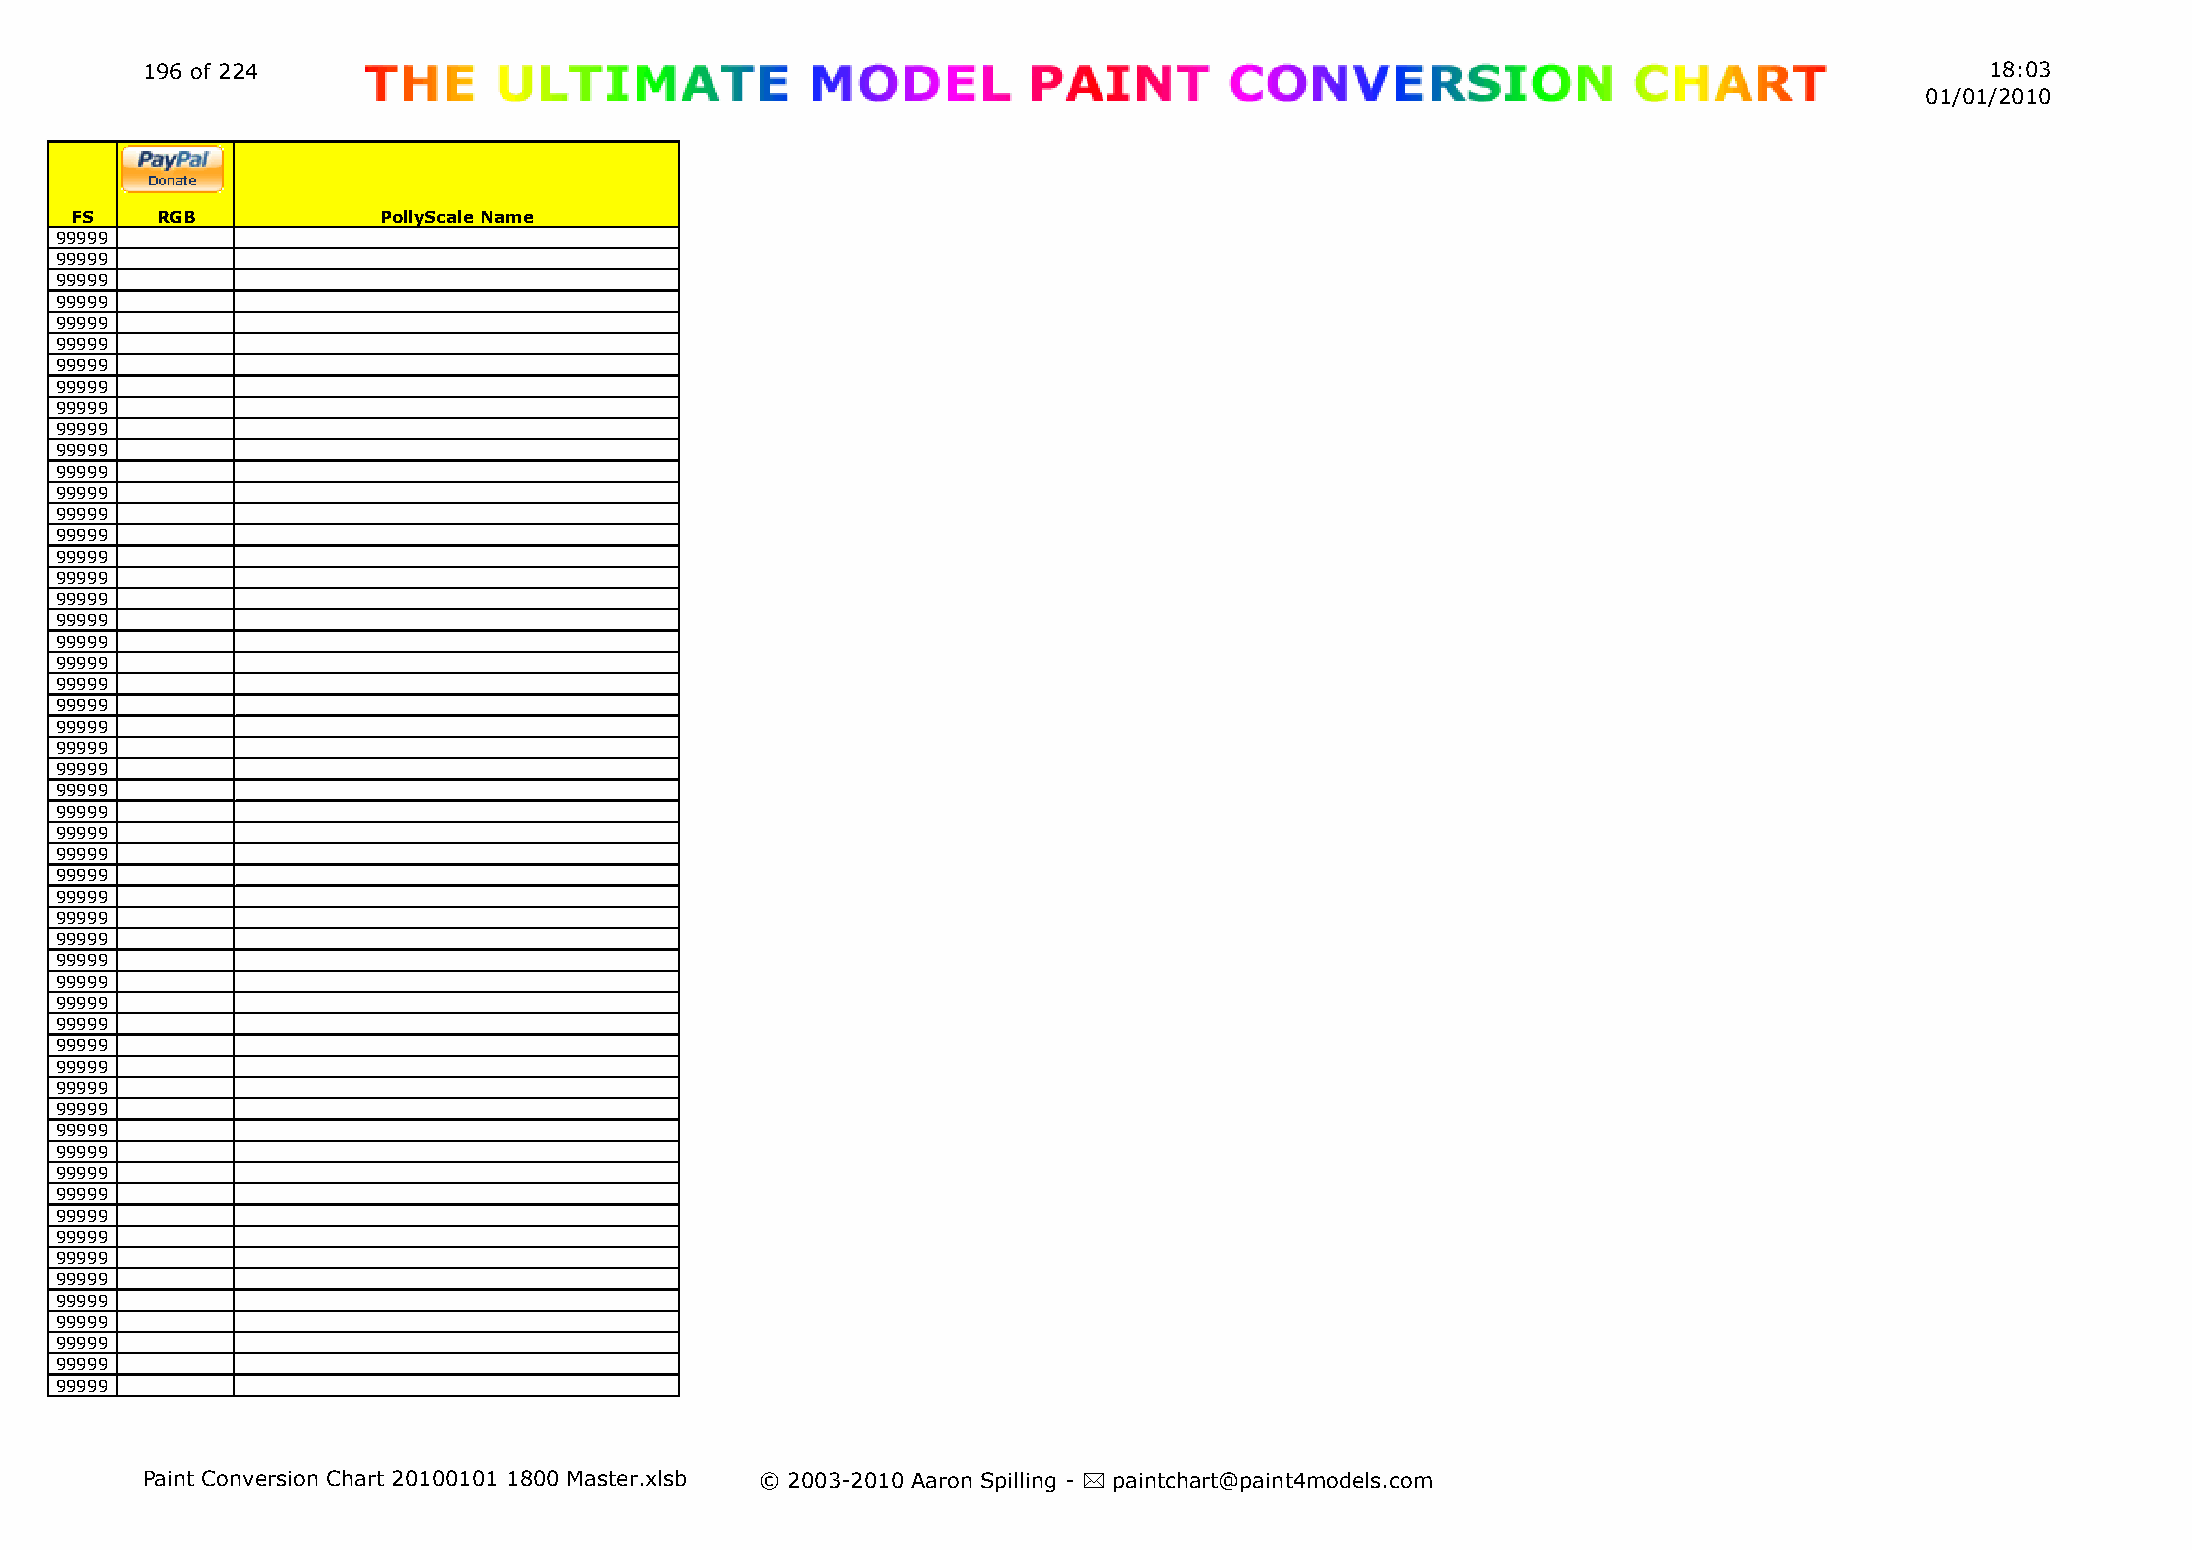
196 of 224                                                                                                                 18:03
 01/01/2010
 FS   RGB            PollyScale Name
 99999
 99999
 99999
 99999
 99999
 99999
 99999
 99999
 99999
 99999
 99999
 99999
 99999
 99999
 99999
 99999
 99999
 99999
 99999
 99999
 99999
 99999
 99999
 99999
 99999
 99999
 99999
 99999
 99999
 99999
 99999
 99999
 99999
 99999
 99999
 99999
 99999
 99999
 99999
 99999
 99999
 99999
 99999
 99999
 99999
 99999
 99999
 99999
 99999
 99999
 99999
 99999
 99999
 99999
 99999
 Paint Conversion Chart 20100101 1800 Master.xlsb © 2003-2010 Aaron Spilling - * paintchart@paint4models.com